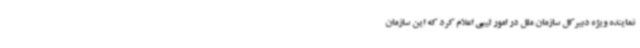
نماینده ویژه دبیرکل سازمان ملل در امور لیبی اعلام کرد که این سازمان